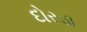
દોરડા